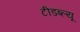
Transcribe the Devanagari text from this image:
टीडब्‍ल्‍यू